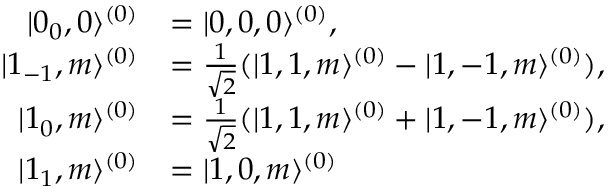
\begin{array} { r l } { | 0 _ { 0 } , 0 \rangle ^ { ( 0 ) } } & { = | 0 , 0 , 0 \rangle ^ { ( 0 ) } , } \\ { | 1 _ { - 1 } , m \rangle ^ { ( 0 ) } } & { = \frac { 1 } { \sqrt { 2 } } ( | 1 , 1 , m \rangle ^ { ( 0 ) } - | 1 , - 1 , m \rangle ^ { ( 0 ) } ) , } \\ { | 1 _ { 0 } , m \rangle ^ { ( 0 ) } } & { = \frac { 1 } { \sqrt { 2 } } ( | 1 , 1 , m \rangle ^ { ( 0 ) } + | 1 , - 1 , m \rangle ^ { ( 0 ) } ) , } \\ { | 1 _ { 1 } , m \rangle ^ { ( 0 ) } } & { = | 1 , 0 , m \rangle ^ { ( 0 ) } } \end{array}